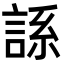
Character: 𫌾